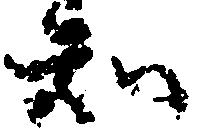
知